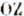
OZ